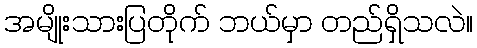
အမျိုးသားပြတိုက် ဘယ်မှာ တည်ရှိသလဲ။